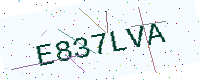
Text: E837LVA